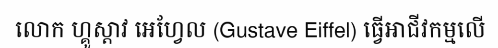
លោក ហ្គូស្តាវ អេហ្វែល (Gustave Eiffel) ធ្វើអាជីវកម្មលើ